Vaccine operations Central Provinces 1886-1899 - 1886-1899
Year: 1886
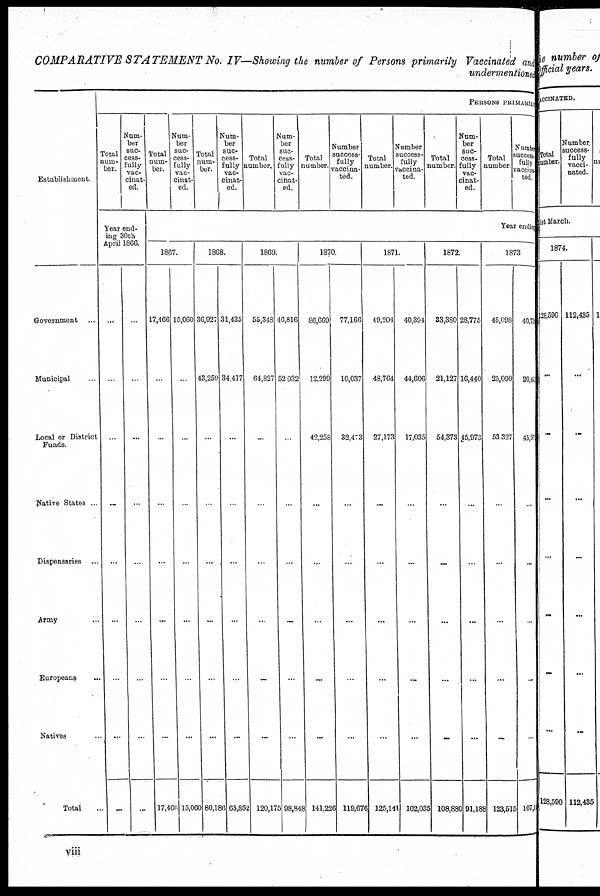
COMPARATIVE STATEMENT
No. IV—Showing the number of Persons primarily Vaccinated and
undermentioned
Establishment.
Government ...
Municipal ...
Local or District
Funds.
Native States ...
Dispensaries ...
Army ...
Europeans ...
Natives ...
Total ...
PERSONS PRIMARILY
Total
num-
-er.
Num-
ber
suc-
cess-
fully
vac-
cinat-
ed.
Year end-
ing 30th
April 1866.
...
...
...
...
...
...
...
...
...
...
...
...
...
...
...
...
...
...
Total
num¬
ber.
Num-
ber
suc-
cess-
fully
vac-
cinat-
ed.
Total
num-
ber.
Num-
ber
suc-
cess-
fully
vac-
cinat-
ed.
Total
number.
Num-
ber
suc-
cess-
fully
vac-
cinat-
ed.
Total
number.
Number
success-
fully
vaccina-
ted.
Total
number.
Number
success-
fully
vaccina-
ted.
Total
number.
Num-
ber
suc-
cess-
fully
vac-
cinat-
ed.
Total
number
Number
success¬
fully
vaccina¬
ted
Year ending
1867.
17,466
...
...
...
...
...
...
...
17,466
15,060
...
...
...
...
...
...
...
15,060
1868.
36,927
43,259
...
...
...
...
...
...
80,186
31,435
34,417
...
...
...
...
...
...
65,852
1869.
55,348
64,827
...
...
...
...
...
...
120,175
46,816
52,032
...
...
...
...
...
...
98,848
1870.
86,669
12,299
42,258
...
...
...
...
...
141,226
77,166
10,037
32,473
...
...
...
...
...
119,676
1871.
49,204
48,764
27,173
...
...
...
...
...
125,141
40,394
44,606
17,035
...
...
...
...
...
102,035
1872.
33,380
21,127
54,373
...
...
...
...
...
108,880
28,775
16,440
45,973
...
...
...
...
...
91,188
1873
45,098
25,090
53,337
...
...
...
...
...
123,515
40,734
20,451
45, 970
...
...
...
...
...
107, 10
viii